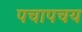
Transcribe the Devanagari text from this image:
पचापचय